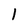
Character: 1